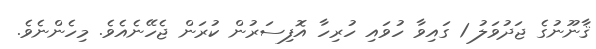
ޤާނޫނުގެ ޖަދުވަލު 1 ގައިވާ ހުވައި ހުރިހާ އޮފިސަރުން ކުރަން ޖެހޭނެއެވެ. މިހެންނެވެ.